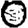
Digit: 0